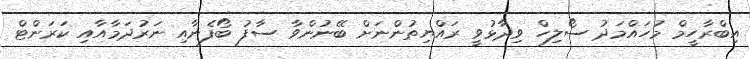
އިބްރާހީމް މުހައްމަދު ސޯލިހް ވިދާޅުވީ ރައްޔިތުންނަށް ބޭނުންވާ ސާފު ބޯފެނާއި ނަރުދަމާއާއި ކަރަންޓް